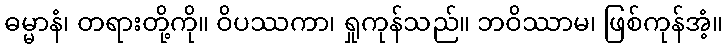
ဓမ္မာနံ၊ တရားတို့ကို။ ဝိပဿကာ၊ ရှုကုန်သည်။ ဘဝိဿာမ၊ ဖြစ်ကုန်အံ့။